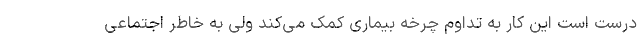
درست است این کار به تداوم چرخه بیماری کمک می‌کند ولی به خاطر اجتماعی